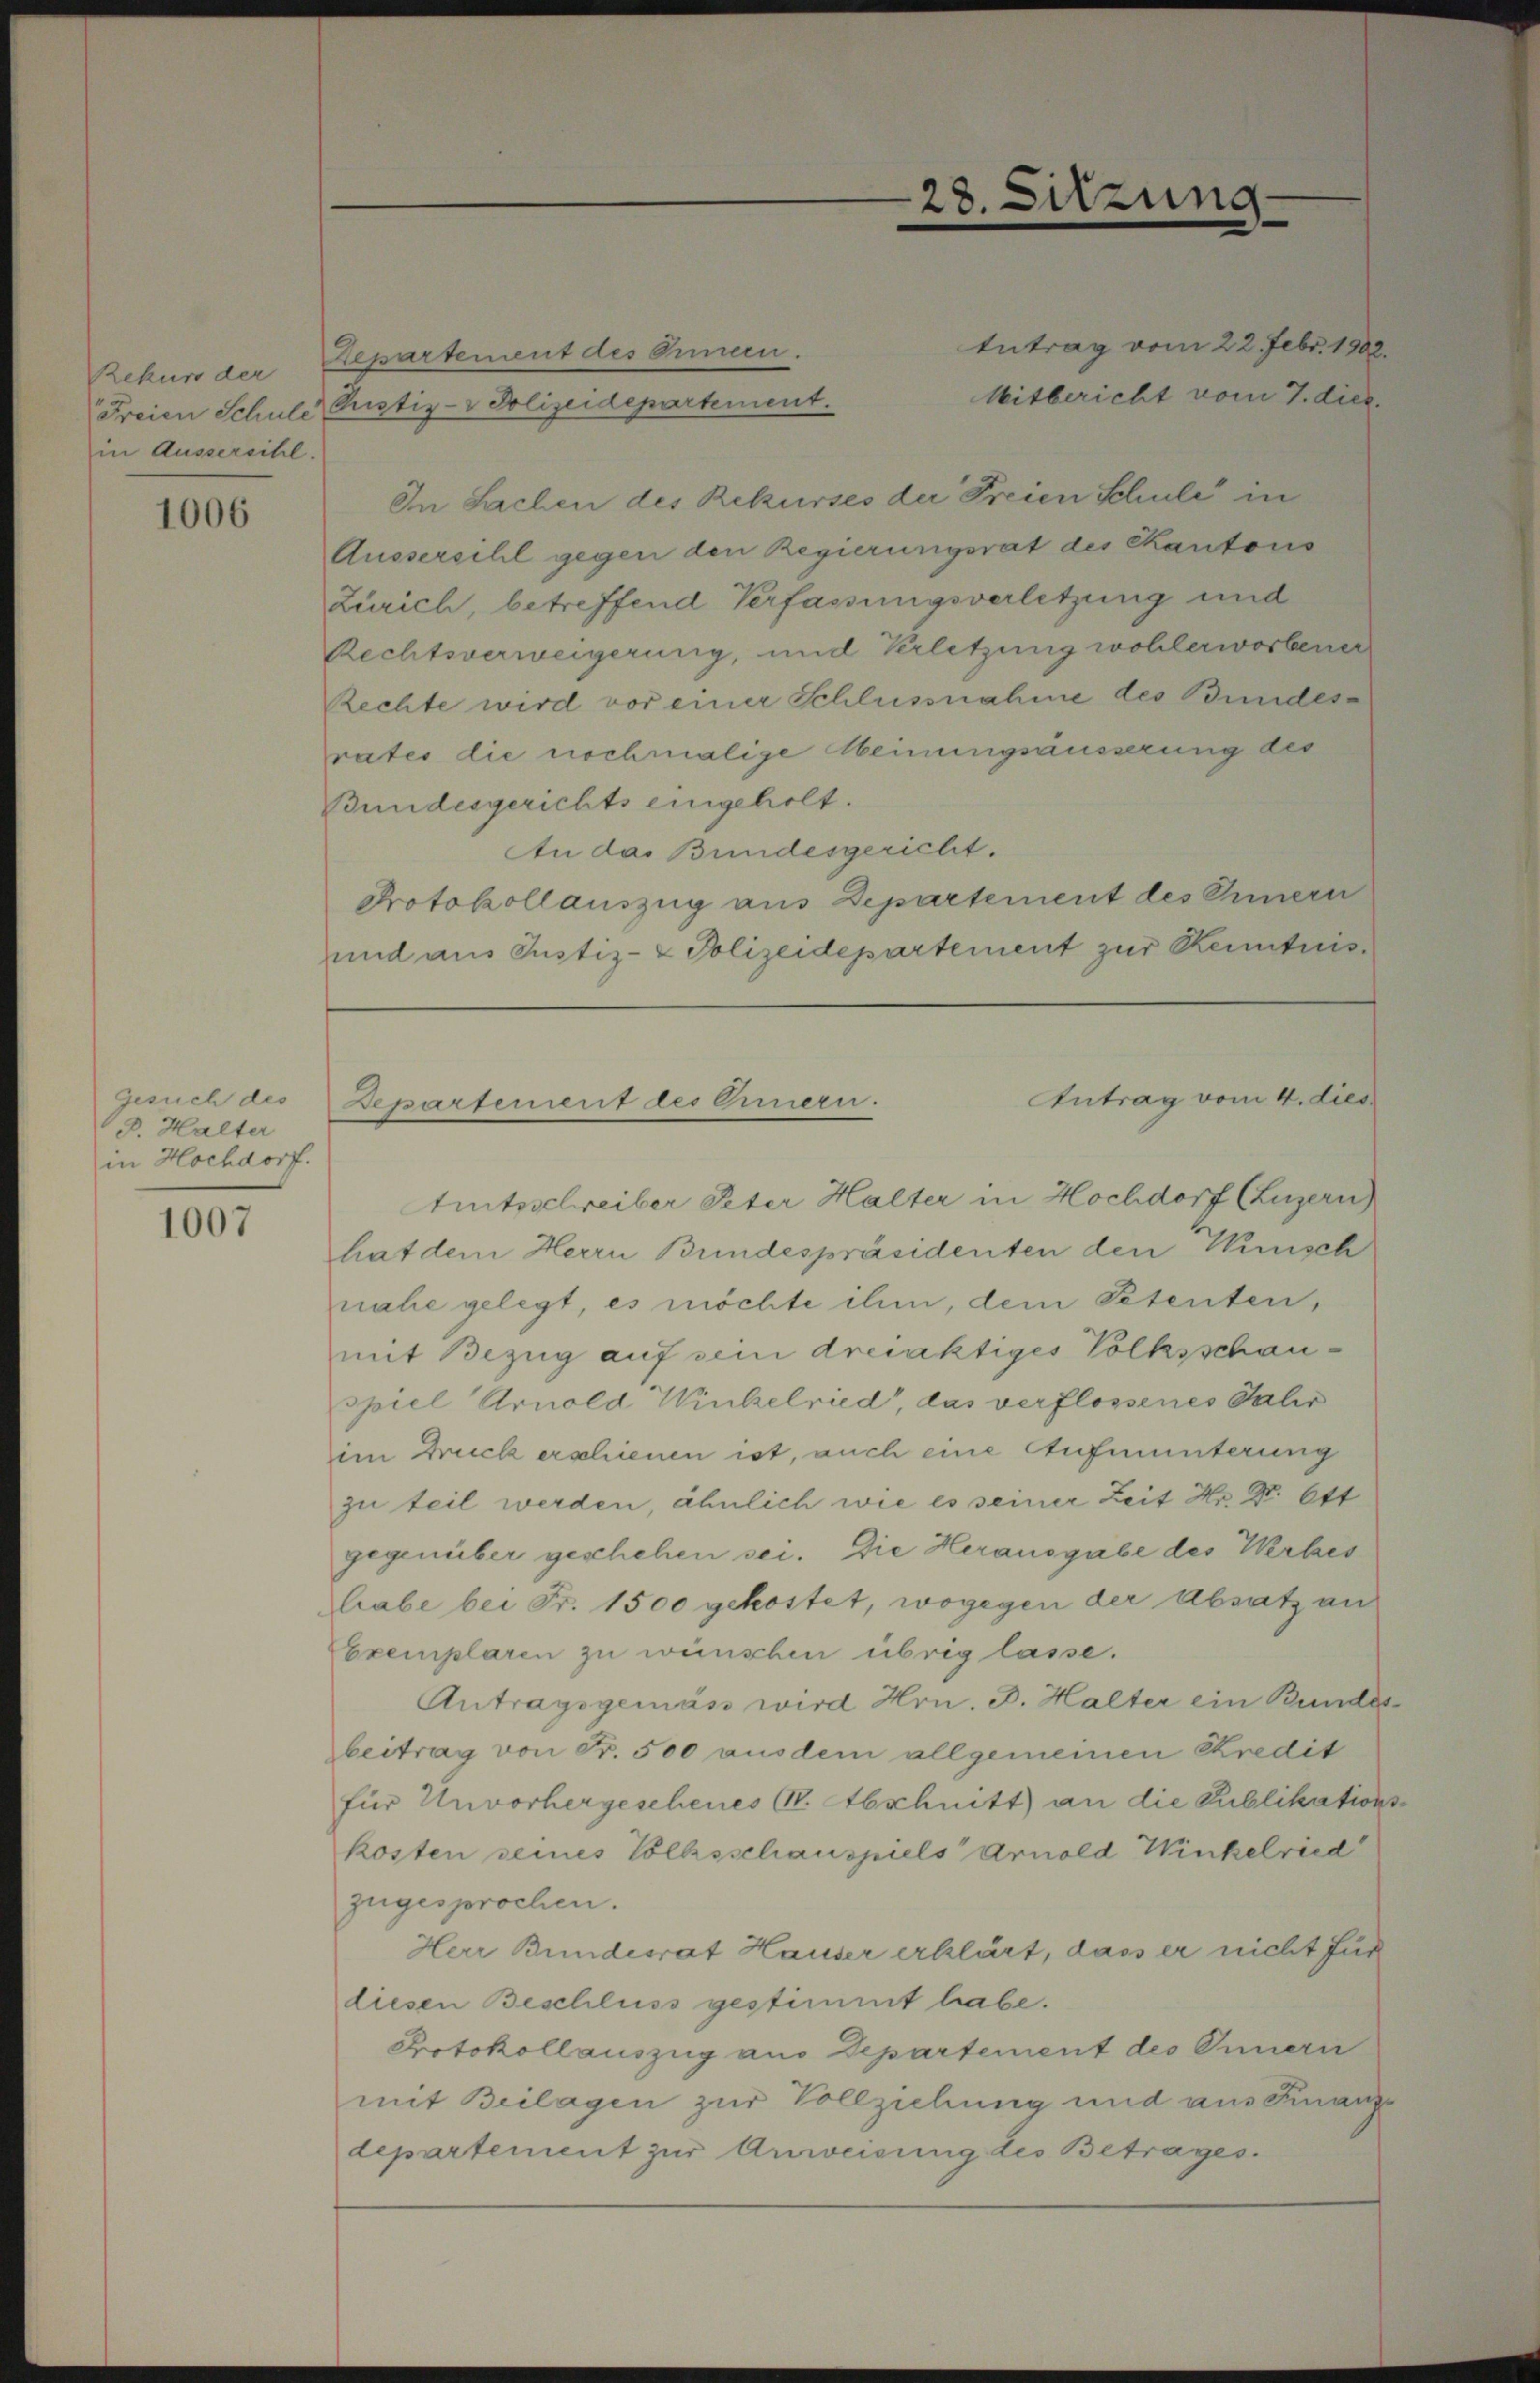
Rekurs der
Freien Schule
in Aussersihl.

1006

Gesuch des
19. Halter
in Hochdorf.

1007

28. Sitzung

Antrag vom 4. dies
Departement des Ermere.

Antrag vom 22. Febr. 1902.
Departement des Innern.
Mitbericht vom 7. dies.
Puustiz- & Polizeidepartement.
In Sachen des Rekurses der Freien Schule in
Aussersihl gegen den Regierungsrat des Kantons
Zürich, betreffend Verfassungsverletzung und
Rechtsverweigerung, und Verletzung wohlerworbener
Rechte wird vor einer Schlussnahme des Bundesrates die nochmalige Meinungsäusserung des
Bundesgerichts eingeholt.
An das Bundesgericht.
Protokollauszug aus Departement des Innern
und aus Justiz- & Polizeidepartement zur Kenntnis
Amtsschreiber Peter Halter in Hochdorf (Luzern)
hat dem Herrn Bundespräsidenten den Winisch
nahe gelegt, es möchte ihm, dem Petenten,
mit Bezug auf sein dreiaktiges Volksschauspiel Arnold Winkelried, das verflossenes Salis
im Druck erschienen ist, auch eine Aufmunterung
zu teil werden, ähnlich wie es seiner Zeit Hr. Dr. Ott
gegenüber geschehen sei. Die Herausgabe des Werkes
habe bei Fr. 1500 gekostet, wogegen der Absatz an
Exemplaren zu wünschen übrig lasse.
Antragsgemäss wird Hrn. B. Halter ein Bundes
beitrag von Fr. 500 aus dem allgemeinen Kredit
für Unvorhergeschenes P. Abschnitt an die Publikation
kosten seines Volksschauspiels Arnold Winkelried
zugesprochen.
Herr Bundesrat Hauser erklärt, dass er nicht für
diesen Beschluss gestimmt habe.
Protokollauszug aus Departement des Innern
mit Beilagen zur Vollziehung und aus Finanzdepartement zur Anweisung des Betrages.